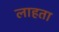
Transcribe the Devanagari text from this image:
लाहता